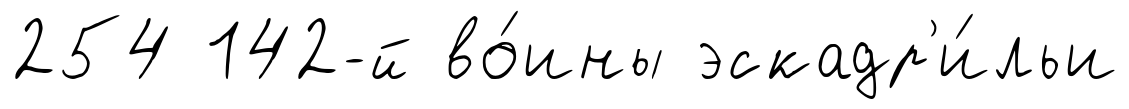
254 142-й во́ины эскадр'и́льи